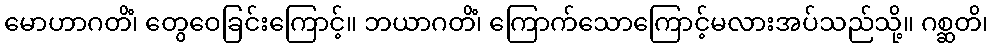
မောဟာဂတိံ၊ တွေဝေခြင်းကြောင့်။ ဘယာဂတိံ၊ ကြောက်သောကြောင့်မလားအပ်သည်သို့။ ဂစ္ဆတိ၊